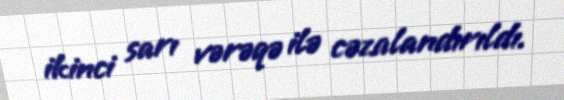
ikinci sarı vərəqə ilə cəzalandırıldı.